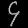
Digit: ၄